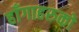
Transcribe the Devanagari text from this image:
हाँगाहरुको